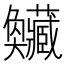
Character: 𡚥